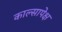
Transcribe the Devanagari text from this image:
काल्सापेक्ष